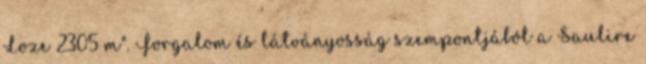
Loze 2305 m". Forgalom és látványosság szempontjából a Saulire